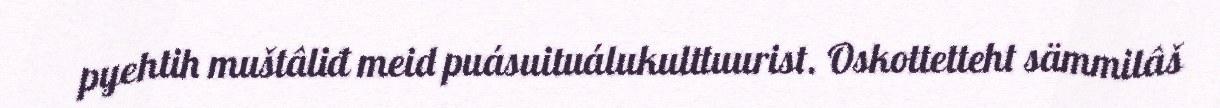
pyehtih muštâliđ meid puásuituálukulttuurist. Oskottetteht sämmilâš